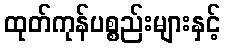
ထုတ်ကုန်ပစ္စည်းများနှင့်